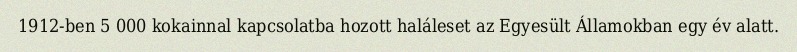
1912-ben 5 000 kokainnal kapcsolatba hozott haláleset az Egyesült Államokban egy év alatt.